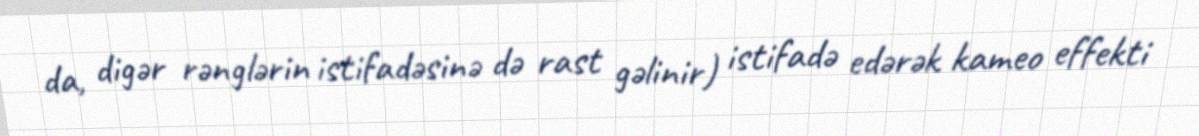
da, digər rənglərin istifadəsinə də rast gəlinir) istifadə edərək kameo effekti